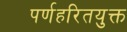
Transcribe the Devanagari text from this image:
पर्णहरितयुक्त